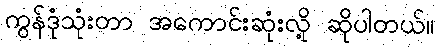
ကွန်ဒုံသုံးတာ အကောင်းဆုံးလို့ ဆိုပါတယ်။